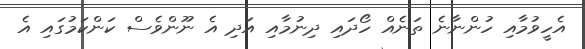
އެހީވުމާއި ހުންނާނެ ތަނެއް ހޯދައި ދިނުމާއި އަދި އެ ނޫންވެސް ކަންކަމުގައި އެ